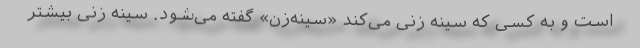
است و به کسی که سینه زنی می‌کند «سینه‌زن» گفته می‌شود. سینه زنی بیشتر